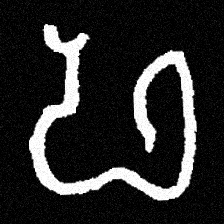
Pyu character \u2014 Myanmar letter: ဖ (romanized: pha)